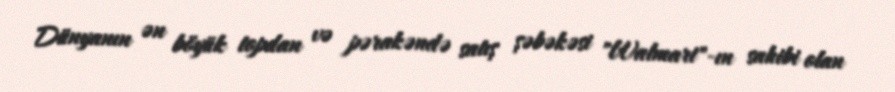
Dünyanın ən böyük topdan və pərakəndə satış şəbəkəsi "Walmart"-ın sahibi olan